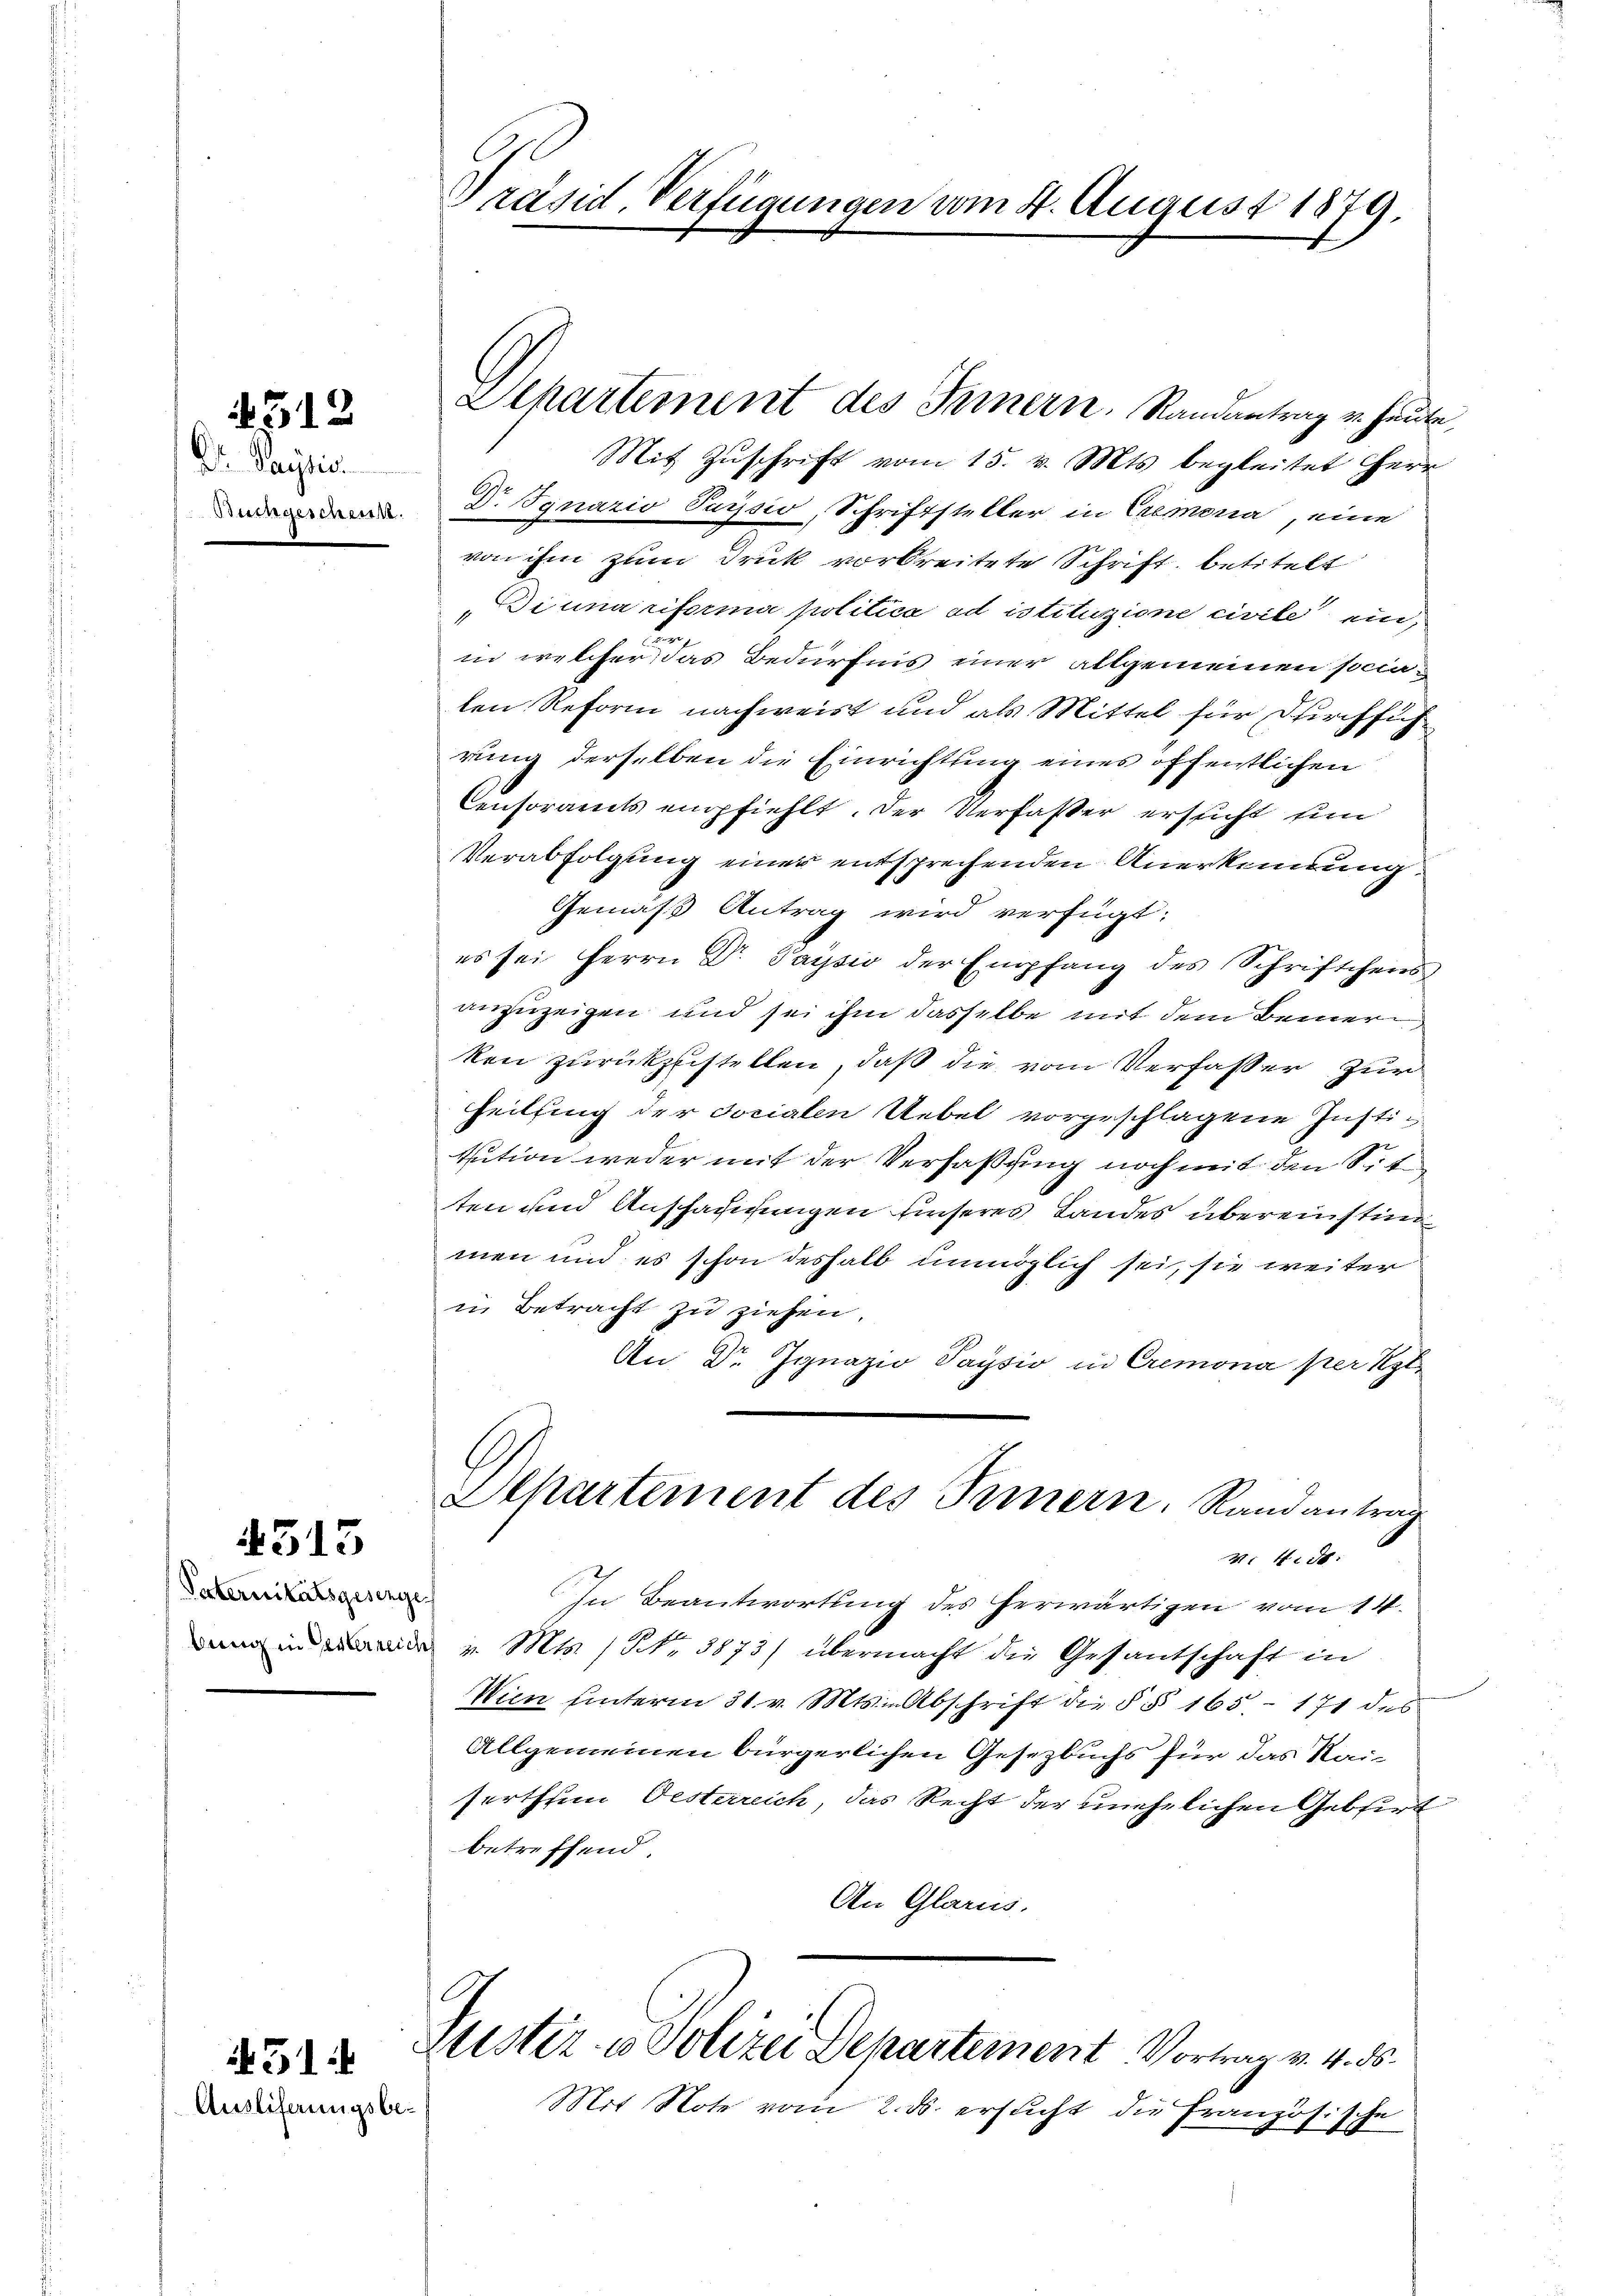
4512

Dr. Paulic
Buingeschrift.

4513

Paternitätsgesenge

1451
Ausliferungsbe¬

Präsid. Verfügungen vom 4. August 1879.

Departement des Fernern. Randantrag v. Haut

Mit Zŭschrift vom 15. v. Mts. begleitet Herr
Dr. Ignazio Paysio, Schriftsteller in Cremonia, eine
von ihm zum Druk vorbreitete Schrift, betitelt
Diuna riforma politica ad istituzione civile ein,
in welcher, das Bedürfnis einer allgemeinen socialen Reform nachweist und als Mittel für Durchsich
rung derselben die Einrichtung eines öffentlichen
Censorants empfiehlt. Der Verfasser ersucht sin
Verabfolgung einer entsprechenden Anerkennung
Gemäß Antrag wird verfügt:
es sei Herrn Dr. Paysio der Empfang des Schriftchens
anzuzeigen und sei ihm dasselbe mit dem Bemerken zurückzustellen, daß die vom Verfasser zur
Heilfing der Socialen Uebel vorgeschlagene Institution weder mit der Verfaßung noch mit den Sit
ten und Anschädigungen unseres Landes übereinstim
men und es schon deshalb unmöglich sei, sie weiter
in Betracht zu ziehen.
An Dr. Ignazio Paysio in Cremona per Kl
Separtement des Innern. Randantrag
v. 4. d.
In Beantwortung des herwärtigen vom 14.
n in v. Mts. / NNo. 3873/ übermacht die Gesantschaft in
Wien unterm 31. v. Mts. Abschrift die § § 165. - 171 des
Allgemeinen bürgerlichen Gesetzbuchs für das Kaiserthum Oesterreich, das Recht der unehelichen Gebirt
betreffend.
An Glarus.
Justiz & Polizei Departement Vortrag v. 4. ds.
Mit Note vom 2. ds. ersucht die Französische